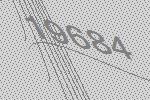
19684